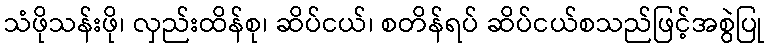
သံဖိုသန်းဖို၊ လှည်းထိန်စု၊ ဆိပ်ငယ်၊ စတိန်ရပ် ဆိပ်ငယ်စသည်ဖြင့်အစွဲပြု